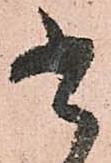
書